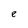
Character: e